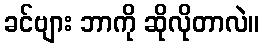
ခင်ဗျား ဘာကို ဆိုလိုတာလဲ။